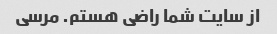
از سایت شما راضی هستم. مرسی